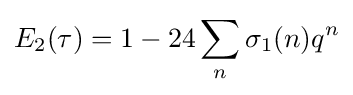
E_{2}(\tau )=1-24\sum _{n}\sigma _{1}(n)q^{n}